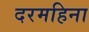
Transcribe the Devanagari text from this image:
दरमहिना